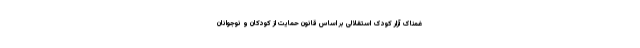
غمناک آزار کودک استقلالی بر اساس قانون حمایت از کودکان و نوجوانان